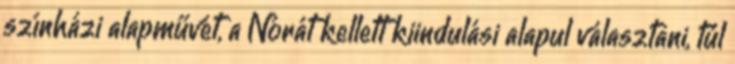
színházi alapművét, a Nórát kellett kiindulási alapul választani, túl